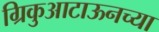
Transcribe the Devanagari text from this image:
ग्रिकुआटाऊनच्या